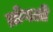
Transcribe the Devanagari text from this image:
ब्रोगली